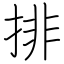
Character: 排